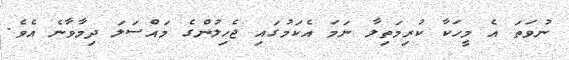
ނުވަތަ އެ މީހަކާ ކުރިމަތިލާ ނަމަ އެކަމުގައި ޖެހިލުންގެ މައްސަލަ ދިމާވާނެ އެވެ.